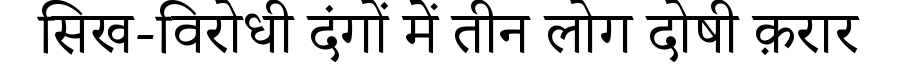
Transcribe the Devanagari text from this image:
सिख-विरोधी दंगों में तीन लोग दोषी क़रार